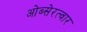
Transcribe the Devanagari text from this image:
ओब्सेरत्वार